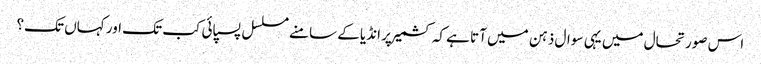
اس صورتحال میں یہی سوال ذہن میں آتا ہے کہ کشمیر پر انڈیا کے سامنے مسلسل پسپائی کب تک اور کہاں تک؟